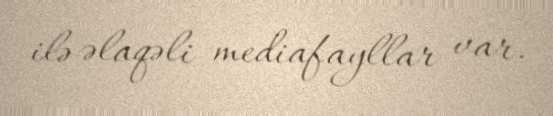
ilə əlaqəli mediafayllar var.